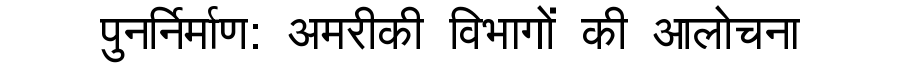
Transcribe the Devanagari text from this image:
पुनर्निर्माण: अमरीकी विभागों की आलोचना